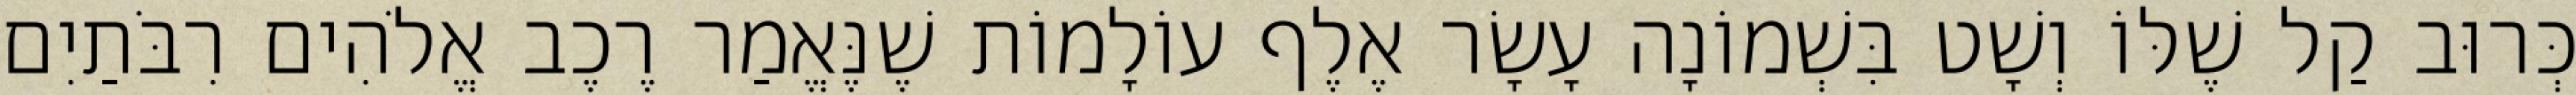
כְּרוּב קַל שֶׁלּוֹ וְשָׁט בִּשְׁמוֹנָה עָשָׂר אֶלֶף עוֹלָמוֹת שֶׁנֶּאֱמַר רֶכֶב אֱלֹהִים רִבֹּתַיִם